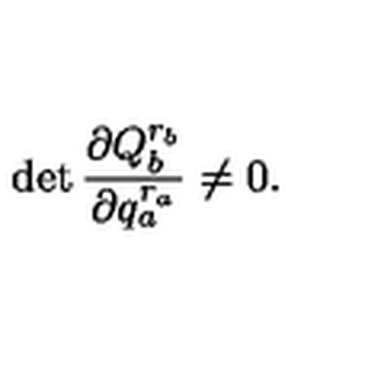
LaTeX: \det \frac { \partial Q _ { b } ^ { r _ { b } } } { \partial q _ { a } ^ { r _ { a } } } \neq 0 .